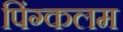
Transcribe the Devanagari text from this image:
पिंग्कलम